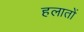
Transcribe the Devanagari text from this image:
हलातों